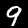
Digit: 9